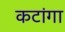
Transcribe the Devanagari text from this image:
कटांगा